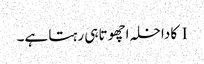
I کا داخلہ اچھوتا ہی رہتا ہے۔